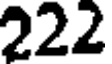
222